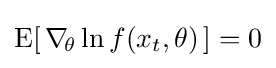
\operatorname {E} [\,\nabla _{\!\theta }\ln f(x_{t},\theta )\,]=0